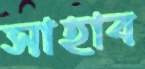
সাহাব